Source: Handwritten
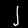
Digit: ၂ (2)